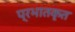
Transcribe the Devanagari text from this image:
प्रभातकृत